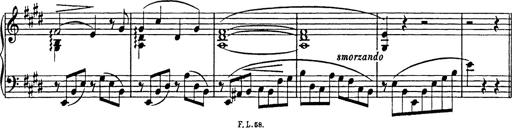
Title: Consolations
Composer: Franz Liszt